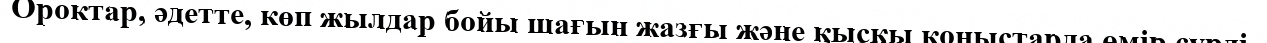
Ороктар, әдетте, көп жылдар бойы шағын жазғы және қысқы қоныстарда өмір сүрді.